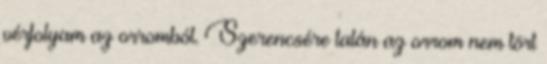
vérfolyam az orromból. Szerencsére talán az orrom nem tört